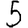
Digit: 5